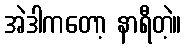
အဲဒါကတော့ နာရီတဲ့။